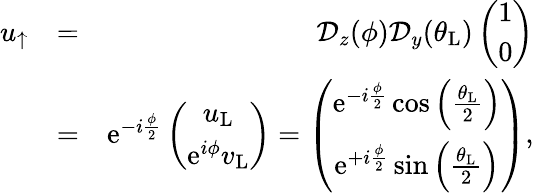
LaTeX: \begin{array}{rlr}{u_{\uparrow}}&{=}&{\mathcal{D}_{z}(\phi)\mathcal{D}_{y}(\theta_{\mathrm{L}})\left(\begin{array}{c}{1}\\ {0}\end{array}\right)}\\ &{=}&{\mathrm{e}^{-i\frac{\phi}{2}}\left(\begin{array}{c}{u_{\mathrm{L}}}\\ {\mathrm{e}^{i\phi}v_{\mathrm{L}}}\end{array}\right)=\left(\begin{array}{cc}{\mathrm{e}^{-i\frac{\phi}{2}}\cos\left(\frac{\theta_{\mathrm{L}}}{2}\right)}\\ {\mathrm{e}^{+i\frac{\phi}{2}}\sin\left(\frac{\theta_{\mathrm{L}}}{2}\right)}\end{array}\right),}\end{array}